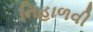
નિહાળવી